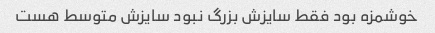
خوشمزه بود فقط سایزش بزرگ نبود سایزش متوسط هست